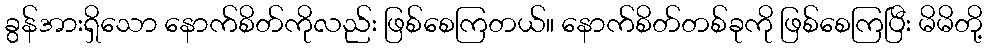
ခွန်အားရှိသော နောက်စိတ်ကိုလည်း ဖြစ်စေကြတယ်။ နောက်စိတ်တစ်ခုကို ဖြစ်စေကြပြီး မိမိတို့